Lunatic asylums Bombay report 1878-1890 - 1878-1890
Year: 1878
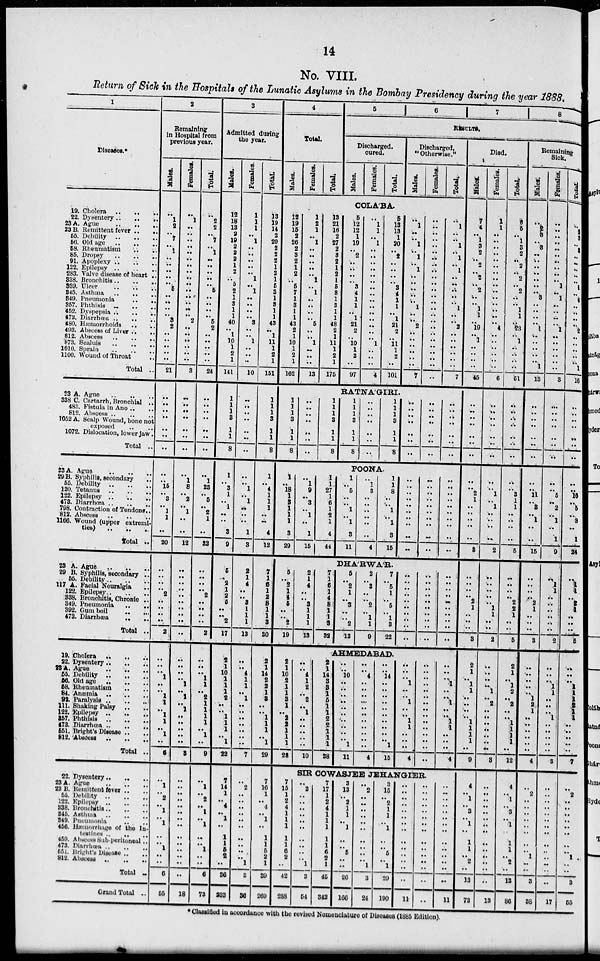
14
No. VIII.
Return of Sick in the Hospitals of the Lunatic Asylums in the Bombay Presidency during the year 1888.
1
Diseases.*
19. Cholera .. .. ..
22. Dysentery .. .. ..
23 A. Ague .. .. ..
23 B. Remittent fever .. ..
55. Debility
56. Old age .. .. ..
68. Rheumatism .. ..
86. Dropsy
..
..
..
91. Apoplexy .. .. ..
122. Epilepsy .. .. ..
283. Valve disease of heart ..
338. Bronchitis .. .. ..
339. Ulcer .. .. ..
345. Asthma .. .. ..
349. Pneumonia .. ..
357. Phthisis .. .. ..
452. Dyspensia .. .. ..
473. Diarrhœa .. .. ..
480. Hæmorrhoids .. ..
493. Abscess of Liver ..
..
812. Abscess .. .. ..
873. Sealuis .. .. ..
1010. Sprain .. .. ..
1100. Wound of Throat ..
Total ..
23 A. Ague
..
..
..
338 C. Cartarrh, Bronchial ..
483. Fistula in Ano .. ..
812. Abscess
..
..
..
1052 A. Scalp Wound, bone not
exposed .. .. ..
1072. Dislocation, lower jaw..
Total ..
23 A. Ague .. .. ..
29 B. Syphilis, secondary
..
55. Debility .. .. ..
120. Tetanus .. .. ..
122. Epilepsy
..
..
..
473. Diarrhœa .. .. ..
798. Contraction of Tendons..
812. Abscess .. .. ..
1166. Wound (upper extremi¬
ties) .. .. ..
Total ..
23 A. Ague .. .. ..
29 B. Syphilis, secondary ..
55. Debility .. .. ..
117 A. Facial Neuralgia ..
122. Epilepsy .. .. ..
338. Bronchitis, Chronic ..
349. Pneumonia .. ..
392. Gum boil .. .. ..
473. Diarrhœa .. ..
Total ..
19. Cholera .. .. ..
22. Dysentery .. .. ..
25 A. Ague .. .. ..
55. Debility .. .. ..
56. Old age .. .. ..
58. Rheumatism .. ..
84. Anæmia .. .. ..
92. Paralysis .. .. ..
111. Shaking Palsy .. ..
122. Epilepsy
..
..
..
257. Phthisis .. .. ..
473. Diarhœa .. .. ..
551. Bright's Disease .. ..
812. Abscess .. .. ..
Total ..
22. Dysentery .. .. ..
23 A. Ague .. .. ..
23 B. Remittent fever .. ..
55. Debility
..
..
..
122. Epilepsy
..
..
..
338. Bronchitis .. .. ..
345. Asthma .. .. ..
349. Pneumonia .. ..
456. Hæmorrhage of the In¬
tastines .. .. ..
459. Abscess Sub-peritoneal.
473. Diarrhœa .. .. ..
551. Bright's Disease .. ..
812. Abscess .. .. ..
Total ..
Grand Total ..
2
Remaining
in Hospital from
previous year.
Males.
..
1
2
.. 7
.. 1
..
..
..
..
.. 5
..
.. ..
.. 3
2
..
..
..
.. ..
21
..
..
..
..
..
..
..
.. ..
15
.. 3
.. 1
1
..
20
..
..
.. .. 2
..
.. ..
..
2
..
..
.. 1
..
.. 1
1
.. 1
1
.. 1
..
6
..
1
.. 2
..
1
.. 1
..
..
1
..
..
6
55
Females.
..
1
..
.. ..
.. ..
..
..
..
..
.. ..
..
.. ..
.. 2
..
..
..
..
.. ..
3
..
..
..
..
..
..
..
..
1
8
.. 2
.. 1
..
..
12
..
..
.. ..
..
..
.. ..
..
..
..
..
..
. . 1
.. 1
.. 1
.. ..
.. ..
..
3
..
..
.. ..
..
..
.. ..
..
..
..
..
..
..
18
Total
..
2
2
.. 7
.. 1
..
..
..
..
.. 5
..
..
..
.. 5
2
..
..
..
.. ..
24
..
..
..
..
..
..
..
..
1
23
.. 5
.. 2
1
..
23
..
..
.. .. 2
..
.. ..
..
2
..
..
.. 1
1
.. 2
1
1
1
1
.. 1
..
9
..
1
.. 2
.. 1
.. 1
..
.. 1
..
..
6
73
3
Admitted during
the year.
Males.
12
18
13
2
19
2
2
2 1
2
.. 6
2
1
3
1
1
40
.. 1
10
1
2
1
141
1
1
1
3
1
1
8
1
.. 3
1
..
1
..
..
3
9
5
..
2 1
2
5
..
.. 2
17
2
1
10
1
1
1
2
..
.. 1
1
1
.. 1
22
7
14
1
.. 4
.. 1
..
1
1
5
2
..
36
233
Females.
1
1
1 ..
1 ..
..
..
..
..
1 ..
1 ..
..
..
..
3
..
..
1 ..
..
..
10
..
.. ..
..
..
..
..
..
.. 1
.. 1
..
..
..
1
3
2
1 4
..
.. 3 1
1
1
13
..
.. 4
1
1
.. 1
.. ..
.. ..
.. ..
..
7
..
2
.. ..
..
.. ..
..
..
..
..
.. 1
3
36
Total.
13
19
14
2
20
2
2
2
1
2
1
6
3
1
3
1
1
43
.. 1
11
1
2
1
151
1
1
1
3
1
1
8
1
.. 4
1
1
1
..
..
4
12
7
1
6 1
2
8 1
1
3
30
2
1
14
2
2
1
3
..
.. 1
1
1
.. 1
29
7
16
1
.. 4
.. 1
..
1
1
5
2
1
39
269
4
Total.
Males.
Females.
Total.
5
6
7 8
RESULTS.
Discharged,
cured.
Males.
Females.
Total.
Discharge,
" Otherwise."
Males.
Females.
Total.
COLA'BA.
12
19
15
2
26
2
3
2
1
2
.. 6
7
1
3
1
1
43
2
1
10
1
2
1
162
1
2
1
.. 1
..
..
..
..
.. 1
.. 1
..
..
..
.. 5
..
.. 1
..
.. ..
13
13
21
16
2
27
2
3
2
1
2
1
6
8
1
3
1
1
48
2
1
11
1
2
1
175
5
12
12
1
19
.. 2
.. ..
..
.. 3
4
1
1
.. 1
21
2
.. 10
1
2
..
97
..
1
1
.. 1
.. ..
.. ..
..
.. ..
..
..
..
.. ..
..
..
.. 1
..
..
..
4
5
13
13
1
20
.. 2
.. ..
..
.. 3
4
1
1
.. 1
21
2
.. 11
1
2
..
101
..
1
..
.. 1
.. 1
.. 1
..
..
..
..
.. 1
..
.. 2
..
..
..
..
..
..
7
..
..
..
.. ..
.. ..
.. ..
..
..
..
..
.. ..
..
.. ..
..
..
..
..
..
..
..
..
1
..
.. 1
.. 1
.. 1
..
..
..
..
.. 1
..
.. 2
..
..
..
..
..
..
7
RATNA'GIRI.
1
1
1
3
1
1
8
..
..
..
..
..
..
..
1
1
1
3
1
1
8
1
1
1
3
1
1
8
..
..
..
..
..
..
..
1
1
1
3
1
1
8
..
..
..
..
..
..
..
..
..
..
..
..
..
..
..
..
..
..
..
..
..
POONA.
1
.. 18
1
3
1
1
1
3
29
..
1
9
.. 3
.. 1
..
1
15
1
1
27
1
6
1
2
1
4
44
1
.. 5
.. ..
1
.. 1
3
11
..
1
3
.. ..
..
.. ..
..
4
1
1
8
.. ..
1
.. 1
3
15
..
.. ..
.. ..
..
..
..
..
..
..
.. ..
.. ..
..
..
..
..
..
DHARWAR.
5
.. 2 1
4
5
..
.. 2
19
2
1
4
..
.. 3 1
1
1
13
7
1 6 1
4
8
1
1
3
32
5
.. 2
1
.. 3
.. .. 2
13
2
.. 3
..
..
2
.. 1
1
9
7
.. 5 1
..
5
.. 1
3
22
..
..
..
.. ..
..
..
..
..
..
..
..
..
.. ..
..
..
..
..
..
..
.. ..
.. ..
..
..
..
..
..
..
..
..
.. ..
..
..
..
..
..
AHMEDABAD.
2
1
10
2
1
1
3
1
.. 2
2
1
1
1
28
..
.. 4
1
2
.. 2
.. 1
..
..
..
..
..
10
2
1
14
3
3
1 5
1
1
2
2
1
1
1
38
..
..
10
.. ..
..
..
..
..
.. ..
..
.. 1
11
..
.. 4
..
..
.. ..
..
.. ..
..
..
.. ..
4
..
.. 14
..
..
.. ..
..
.. ..
..
..
.. 1
15
..
..
.. 1
..
.. 1
..
.. 1
1
..
..
..
4
..
..
.. ..
..
.. ..
..
.. ..
..
..
..
..
..
..
..
.. 1
..
.. 1
..
.. 1
1
..
..
..
4
SIR COWASJEE JEHANGIER.
7
15
1
2
4
1
1
1
1
1
6
2
..
42
288
..
2
..
..
..
..
..
..
..
..
..
.. 1
3
54
..
17
..
2
4
..
..
1
1
1
6
2
1
45
342
3
13
.. 2
1
1
.. 1
..
.. 5
.. ..
26
166
..
2
.. ..
..
..
.. ..
..
.. ..
.. 1
3
24
3
15
.. 2
1
1
.. 1
..
.. 5
.. 1
29
190
..
..
..
..
..
..
..
..
...
..
..
..
..
..
11
..
..
..
..
..
..
..
..
..
..
..
..
..
..
..
..
..
..
..
..
..
..
..
..
..
..
..
..
..
11
Died.
Males.
7
4
.. 1
3
2
.. 2
.. 2
.. 2
..
.. 1
1
.. 19
.. 1
..
..
..
..
46
..
..
..
..
..
..
..
..
.. 2
1
..
..
..
..
..
3
..
..
..
.. 2
1
..
..
..
3
2
1
.. 1
1
.. ..
..
.. 1
1
1
1
..
9
4
.. 1
.. 3
.. 1
..
1
1
.. 2
..
13
73
Females.
1
1
.. ..
..
..
.. ..
.. ..
.. ..
..
.. ..
..
.. 4
.. ..
..
..
..
..
6
..
..
..
..
..
..
..
..
.. 1
.. 1
..
..
..
..
2
..
..
..
..
.. 1 1
..
..
2
..
..
.. .. 1
.. 2
..
.. ..
..
..
..
..
3
..
.. ..
.. ..
.. ..
..
..
..
.. ..
..
..
13
Total
8
5
.. 1
3
2
.. 2
.. 2
.. 2
..
.. 1
1
.. 23
.. 1
..
..
..
..
51
..
..
..
..
..
..
..
..
.. 3
1
1
..
..
..
..
5
..
..
..
.. 2
2
1
..
..
5
2
1
.. 1
2
.. 2
..
.. 1
1
1
1
..
12
4
.. 1
.. 3
.. 1
..
1
1
.. 2
..
13
86
Remaining
Sick.
Males.
..
2
3
.. 3
..
.. ..
.. ..
.. .. 3
.. ..
..
.. 1
.. ..
..
..
.. 1
13
..
..
..
..
..
..
..
..
.. 11
.. 3
.. 1
..
..
15
..
..
..
.. 2
1
..
..
..
3
..
..
.. ..
.. 1
2 1
.. ..
..
..
..
..
4
..
2
..
..
..
.. ..
..
..
.. 1
..
..
3
38
Females.
..
..
..
..
..
.. ..
..
.. .. 1
.. 1
.. ..
..
.. 1
.. ..
..
..
..
..
3
..
..
..
..
..
..
..
..
.. 5
.. 2
.. 1
..
1
9
..
1
..
.. ..
.. ..
..
..
2
..
..
.. 1
1
.. ..
.. 1
..
..
..
..
..
3
..
..
..
..
..
.. ..
..
..
..
..
..
..
..
17
Total.
..
2
3
.. 3
..
..
..
..
.. 1
.. 4
..
.. ..
.. 2
..
..
..
..
.. 1
16
..
..
..
..
..
..
..
..
.. 16
.. 5
.. 2
..
1
24
..
1 ..
..
2 1
..
..
..
5
..
..
.. 1
1
1
2
1
1
..
..
..
..
..
7
2
..
..
..
.. ..
..
..
.. 1
..
..
3
55
* Classified in accordance with the revised Nomenclature of Diseases (1885 Edition).